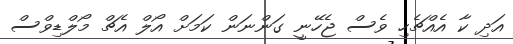
އަދި ކާ އެއްޗެހި ވެސް ޖެހޭނީ ގަންނަން ކަމަށް އޯލް އެޗް މޯލްޑިވްސް